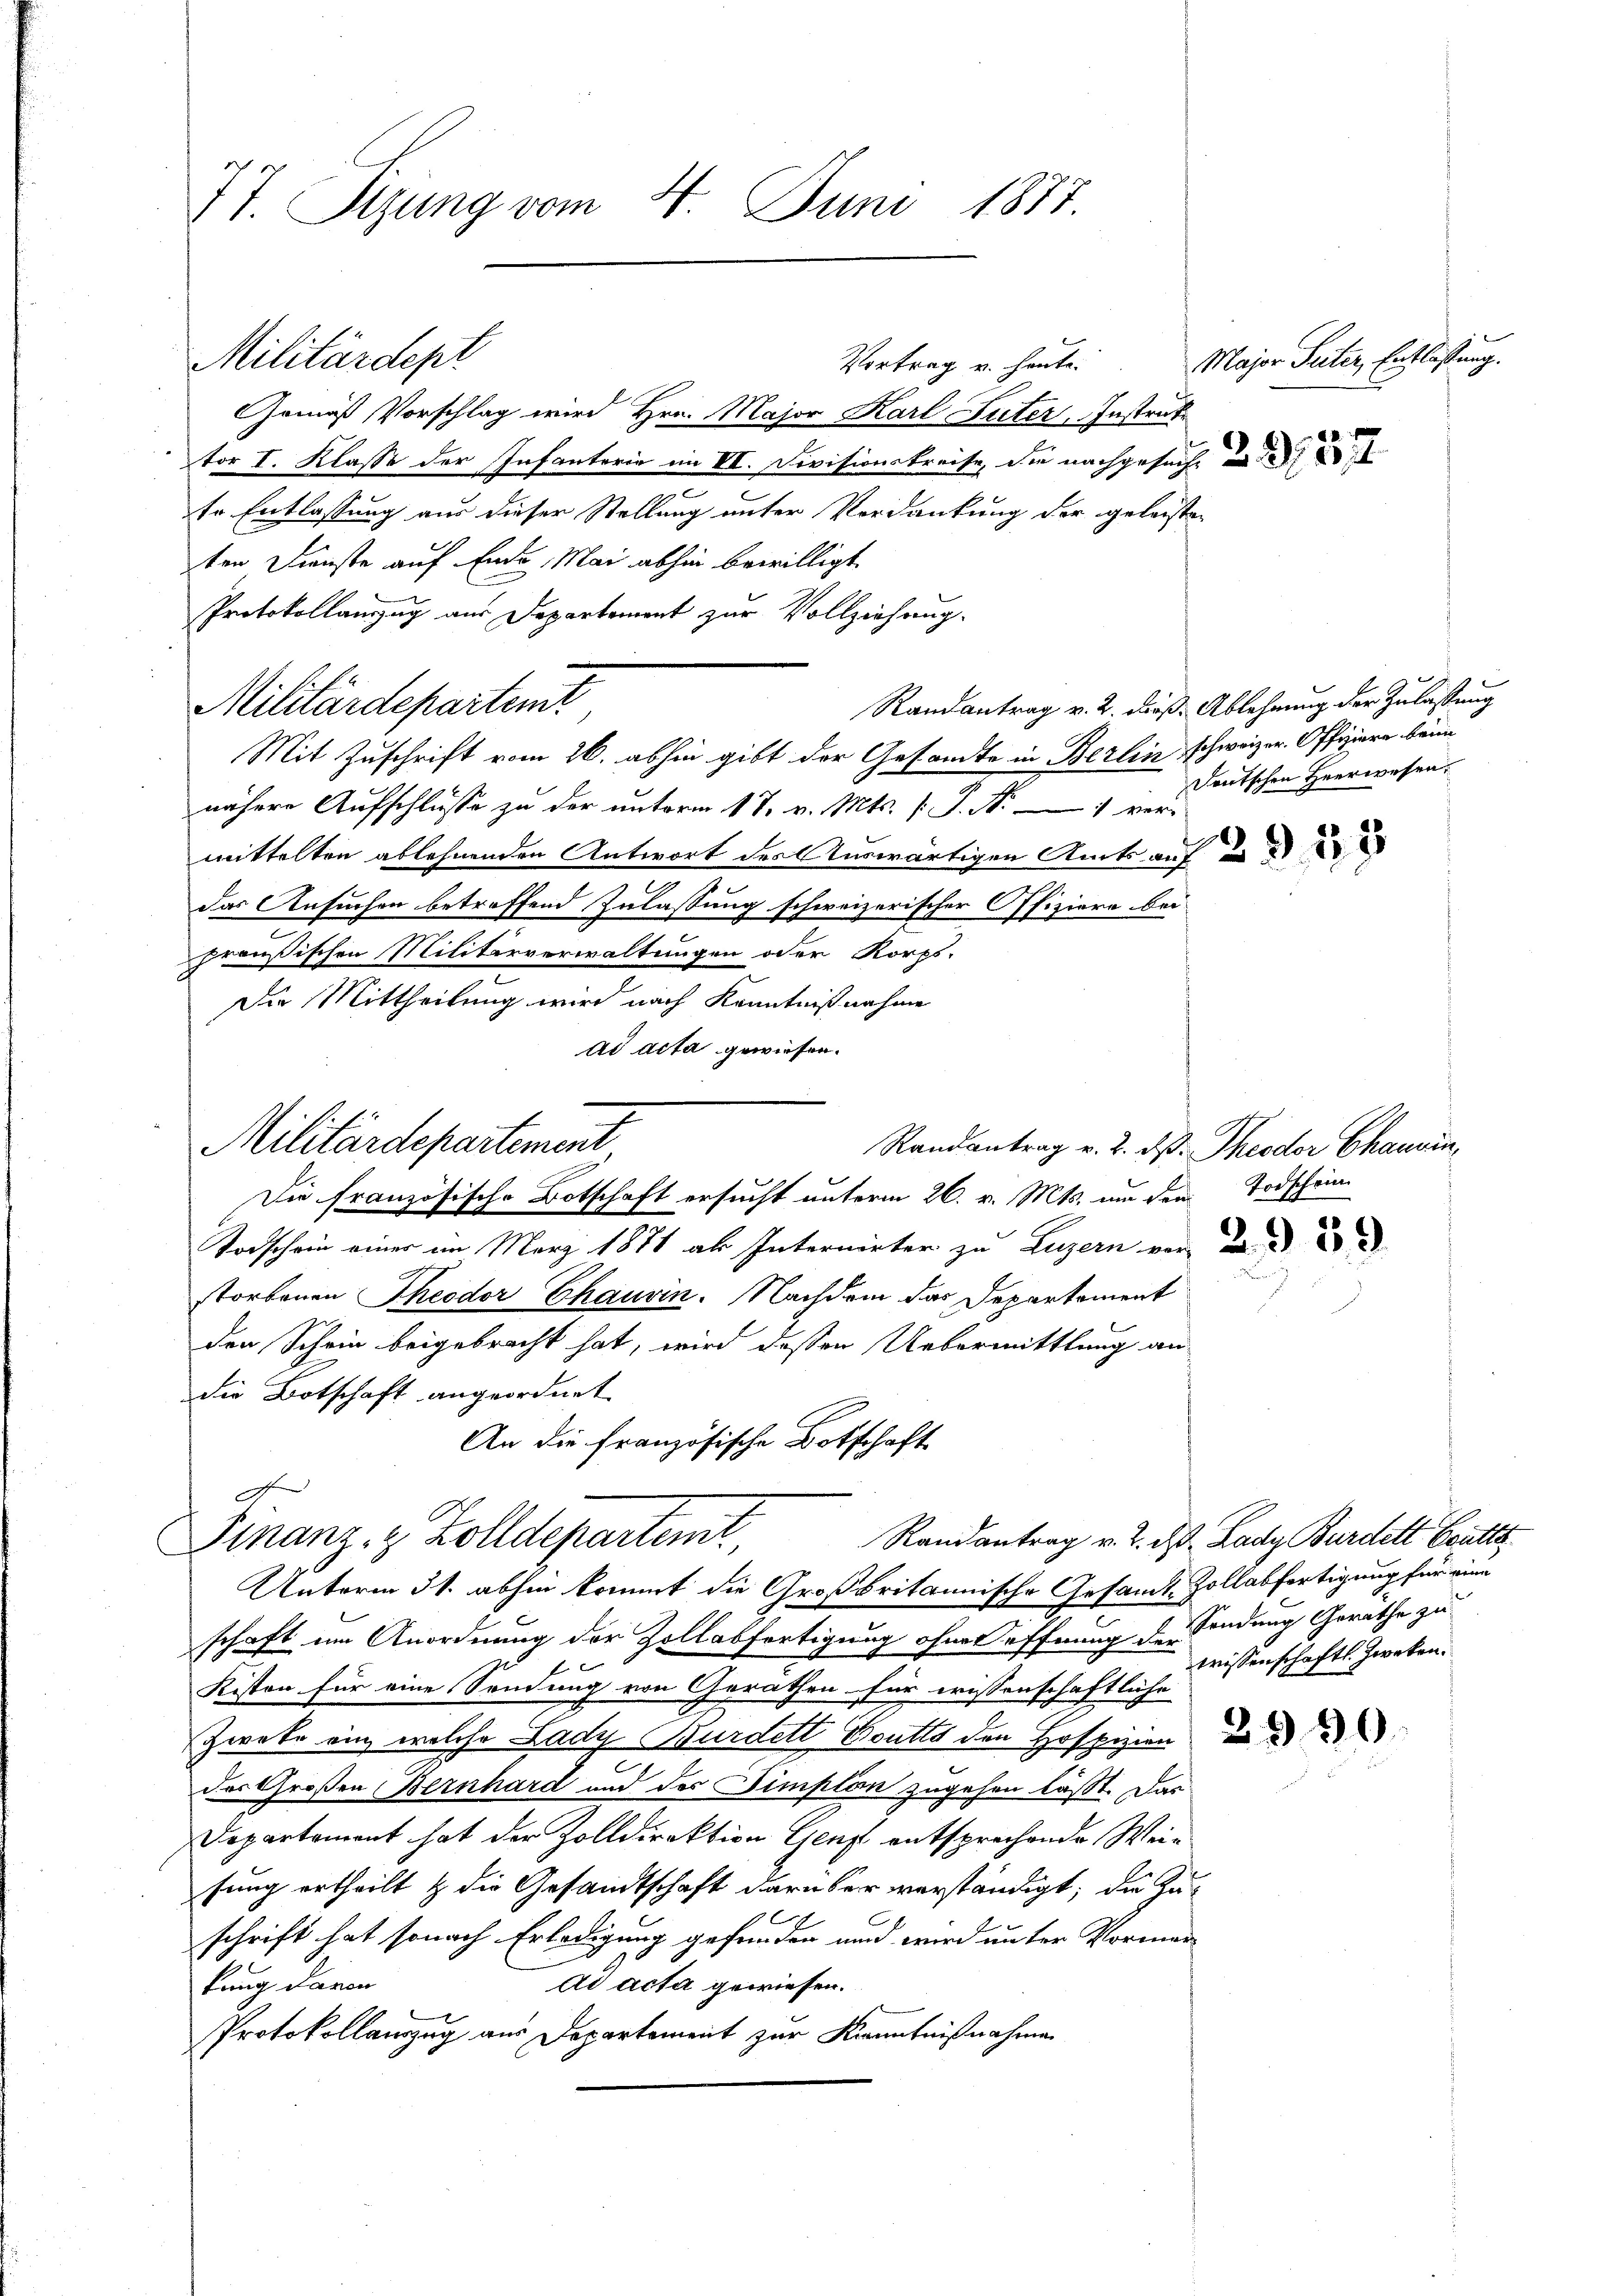
77. Stzung vom 4. Juni 1877.

Vortrag u. heute.
Gemäß Vorschlag wird Hrn. Major Karl Luter, Instruk
tor I. Klasse der Infanterie im VIII. Divisionskreise, die nachgesucht
tr Entlassung aus dieser Stellung unter Verdankung der geleisteten Dienste auf Ende Mai abhin bewilligt.
Protokollanzug aus Departement zur Vollziehung.
Mit Zuschrift vom 26. abhin gibt der Gesandte in Berlin schweizer. Offiziere beim
nähere Aufschlüsse zu der unterm 17. v. Mts. /: P. Nr. 1 ver-
mittelten ablehnenden Antwort des Auswärtigen Amts auf
das Ansuchen betroffend Zulassung schweizerischer Offiziere bei
preußischen Militärverwaltungen oder Korps.
Die Mittheilung wird nach Kenntnißnahme
ad acta gewiesen.
Die französische Botschaft ersucht unterm 26. v. Mts. um dem Todschein
Todschein einer im März 1871 als Internirter zu Luzern von d
storbenen Theodor Chauvin. Nachdem das Departement
den Schein beigebracht hat, wird deßen Uebermittlung an-
die Botschaft angeordnet.
An die französische Botschaft
e
Randantrag v. 2. ds. Lady Bürdett Butte
Finanz- & Zolldepartenit
Unterm 31. abhin kommt die Großbritannische Gesamt-Zollabfertigung für eine
schaft um Anordnung der Zollabfertigung ohnes öffnung der Findung Geräthe zu
Kisten für eine Sendung von Gerathen für wissenschaftliche
Zwete ein welche Lady Burdett Doutts den Hospizien
des Großen Bernhard und des Simplon zugehen läßt. Das
Departement hat der Zolldirektion Genf entsprechende Weinfung ertheilt & die Gesandtschaft darüber verständigt; die Zu¬
E
schrift hat sonach Erledigung gefunden und wird unter Vormer-
ad acta gewiesen.
kung davon
Protokollanzug aus Departement zur Kenntnißnahmen

Militärdept

Militärdepartemt

Militärdepartement

Major Seiter, Entlastung.

Randantrag v. 2. daß. Ablehnung der Zulassung
Deutschen Heerwesen.

3958

Randantrag v. 2. ds. Theodor Chauvin,

trissenschaftszwecken.

2390